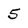
Character: 5